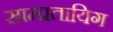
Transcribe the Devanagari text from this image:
साम्प्रतायिग